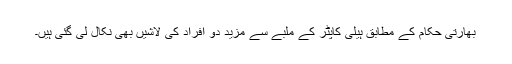
بھارتی حکام کے مطابق ہیلی کاپٹر کے ملبے سے مزید دو افراد کی لاشیں بھی نکال لی گئی ہیں۔